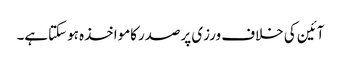
آئین کی خلاف ورزی پرصدرکامواخذہ ہوسکتاہے۔